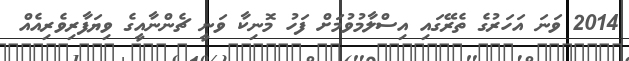
2014 ވަނަ އަހަރުގެ ތެރޭގައި އިސްލާމުވުމަށް ފަހު މޮނިކާ ވަނީ ޗެންނާއީގެ ވިޔަފާރިވެރިއެއް